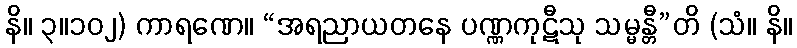
နိ။ ၃။၁၀၂) ကာရဏေ။ “အရညာယတနေ ပဏ္ဏကုဋီသု သမ္မန္တီ”တိ (သံ။ နိ။